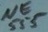
Text: NE555